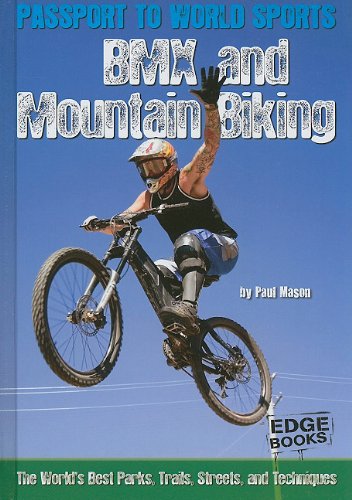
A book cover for BMX and Mountain Biking: The World's Best Parks, Trails, Streets, and Techniques (Passport to World Sports); Paul Mason; Children's Books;